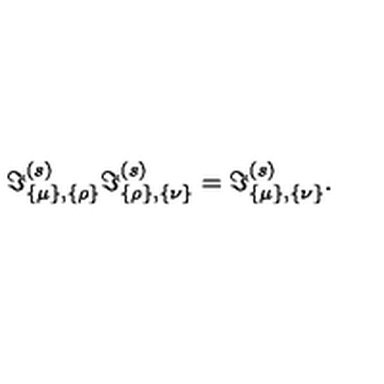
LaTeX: \Im _ { \{ \mu \} , \{ \rho \} } ^ { ( s ) } \Im _ { \{ \rho \} , \{ \nu \} } ^ { ( s ) } = \Im _ { \{ \mu \} , \{ \nu \} } ^ { ( s ) } .